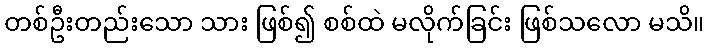
တစ်ဦးတည်းသော သား ဖြစ်၍ စစ်ထဲ မလိုက်ခြင်း ဖြစ်သလော မသိ။